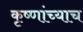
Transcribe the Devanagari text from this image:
कृष्णांच्याच